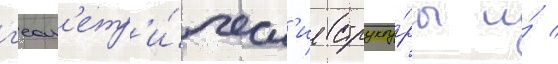
г'еом'етр'и́ческ'ие структу́ры и́ /